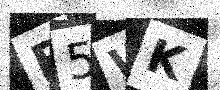
Text: E5WK